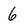
Character: 6